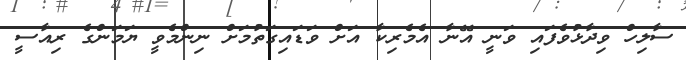
ސާލިހް ވިދާޅުވެފައި ވަނީ އޭނާ އެމެރިކާ އަށް ވަޑައިގަތުމަށް ނިންމެވީ ޔަމަންގެ ރިއާސީ